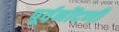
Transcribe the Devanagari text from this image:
पूर्वनोंदणी